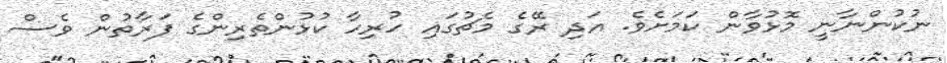
ނުކުންނާނީ މޮޅުވާން ކަމަށެވެ. އަދި ރޭގެ މެޗުގައި ހުރިހާ ކުޅުންތެރިންގެ ފަރާތުން ވެސް